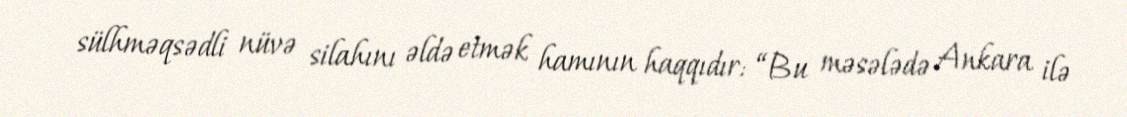
sülhməqsədli nüvə silahını əldə etmək hamının haqqıdır: “Bu məsələdə Ankara ilə